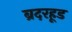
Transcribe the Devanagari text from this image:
ब्रदरहूड